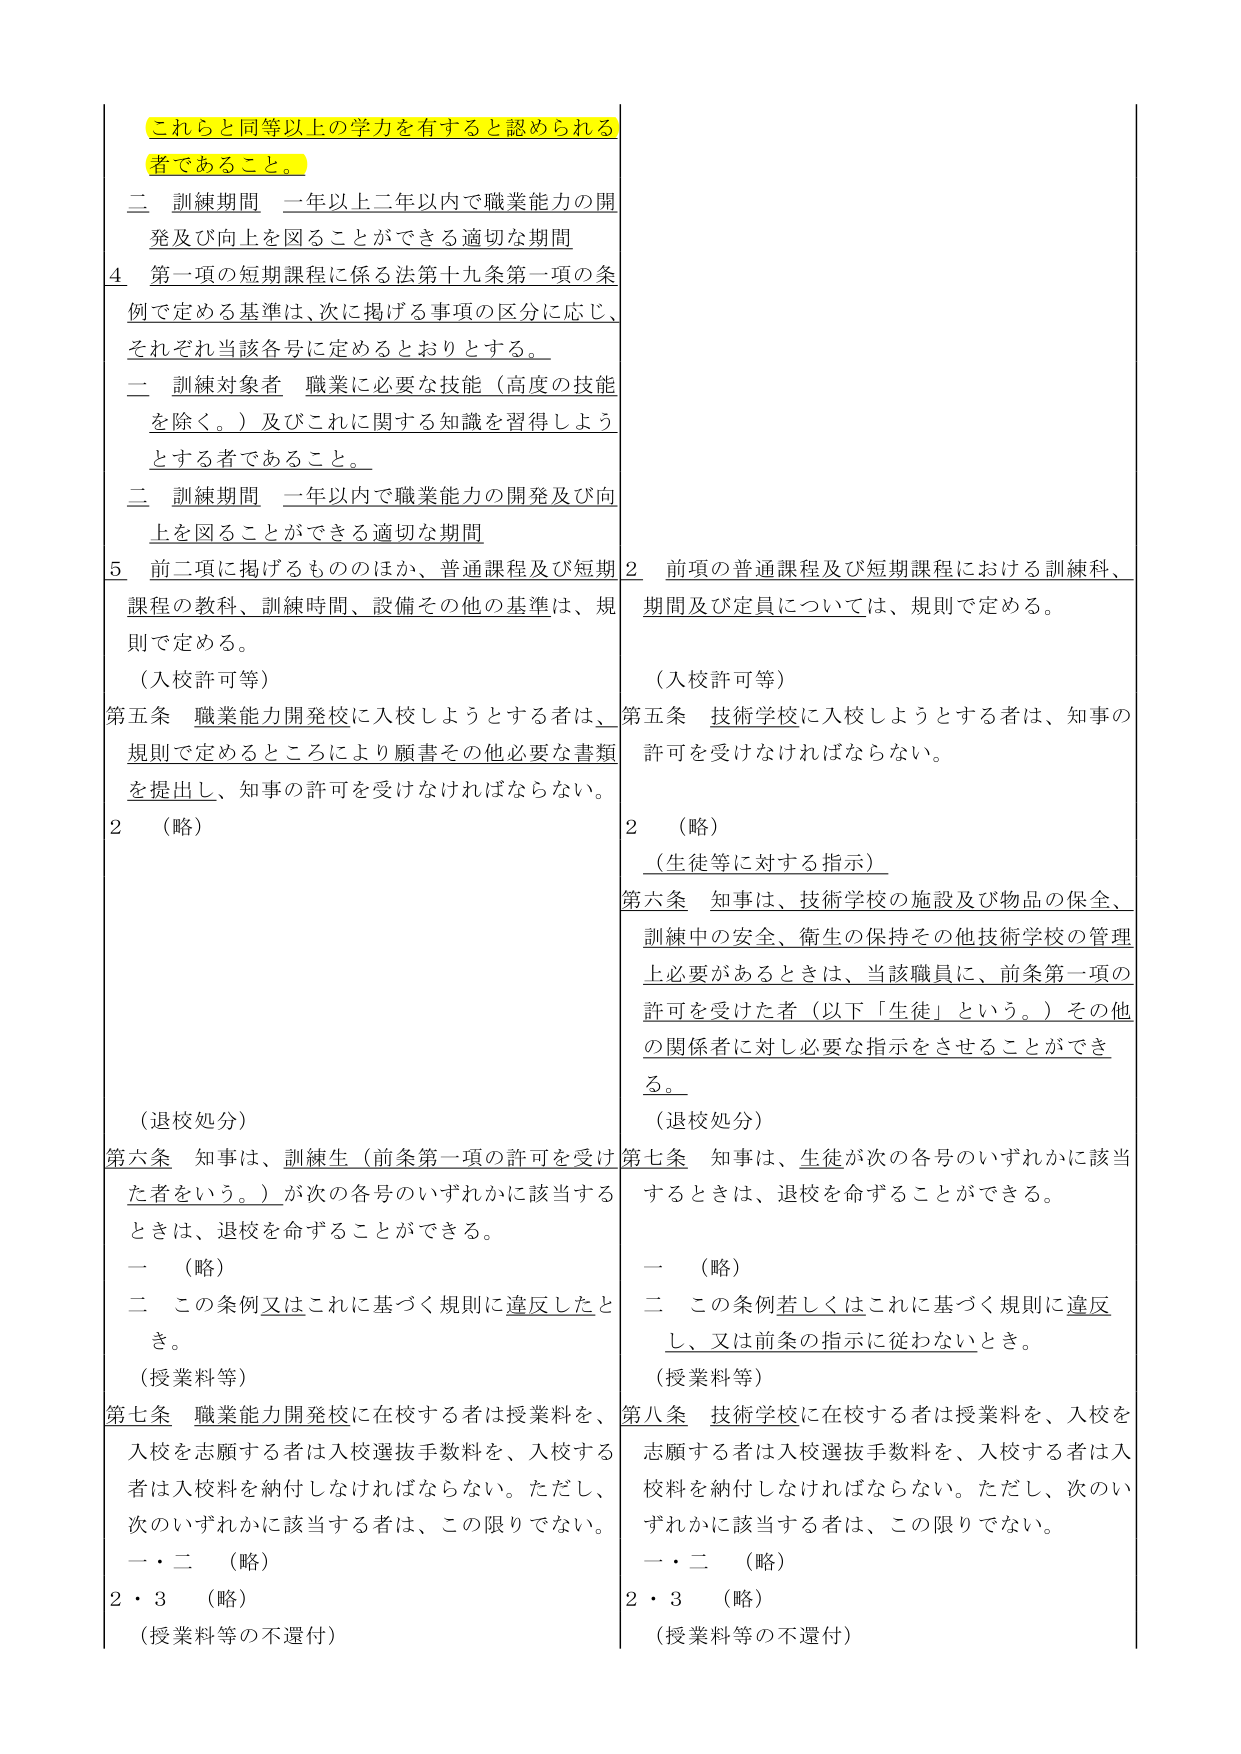
これらと同等以上の学力を有すると認められる
者であること。

二 訓練期間 一年以上二年以内で職業能力の開発及び向上を図ることができる適切な期間

4 第一項の短期課程に係る法第十九条第一項の条例で定める基準は、次に掲げる事項の区分に応じ、それぞれ当該各号に定めるとおりとする。

二 訓練対象者 職業に必要な技能（高度の技能を除く。）及びこれに関する知識を習得しようとする者であること。

二 訓練期間 一年以内で職業能力の開発及び向上を図ることができる適切な期間

5 前二項に掲げるもののほか、普通課程及び短期課程の教科、訓練時間、設備その他の基準は、規則で定める。

（入校許可等）
第五条 職業能力開発校に入校しようとする者は、規則で定めるところにより願書その他必要な書類を提出し、知事の許可を受けなければならない。

2 （略）

（退校処分）
第六条 知事は、訓練生（前条第一項の許可を受けた者をいう。）が次の各号のいずれかに該当するときは、退校を命ずることができる。

一 （略）
二 この条例又はこれに基づく規則に違反したとき。

（授業料等）
第七条 職業能力開発校に在校する者は授業料を、入校を志願する者は入校選抜手数料を、入校する者は入校料を納付しなければならない。ただし、次のいずれかに該当する者は、この限りでない。

一・二 （略）
2・3 （略）

（授業料等の不還付）

2 前項の普通課程及び短期課程における訓練科、期間及び定員については、規則で定める。

（入校許可等）
第五条 技術学校に入校しようとする者は、知事の許可を受けなければならない。

2 （略）

（生徒等に対する指示）
第六条 知事は、技術学校の施設及び物品の保全、訓練中の安全、衛生の保持その他技術学校の管理上必要があるときは、当該職員に、前条第一項の許可を受けた者（以下「生徒」という。）その他 の関係者に対し必要な指示をさせることができる。

（退校処分）
第七条 知事は、生徒が次の各号のいずれかに該当するときは、退校を命ずることができる。

一 （略）
二 この条例若しくはこれに基づく規則に違反し、又は前条の指示に従わないとき。

（授業料等）
第八条 技術学校に在校する者は授業料を、入校を志願する者は入校選抜手数料を、入校する者は入校料を納付しなければならない。ただし、次のいずれかに該当する者は、この限りでない。

一・二 （略）
2・3 （略）

（授業料等の不還付）